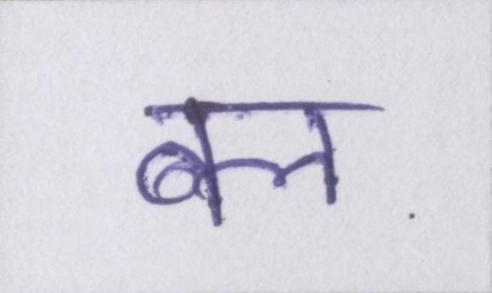
बल